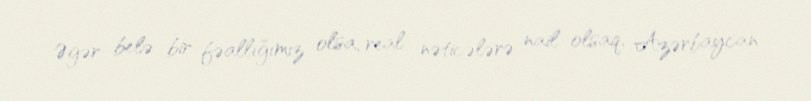
Əgər belə bir fəallığımız olsa, real nəticələrə nail olsaq, Azərbaycan